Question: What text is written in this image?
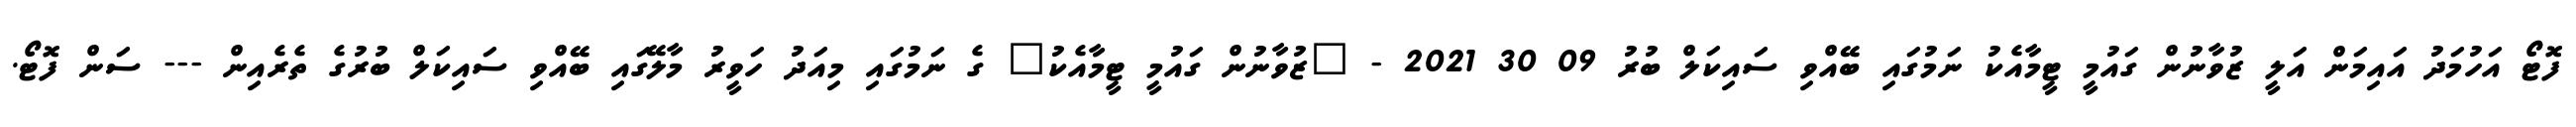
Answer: ފޮޓޯ އަހުމަދު އައިމަން އަލީ ޒުވާނުން ގައުމީ ޓީމާއެކު ނަމުގައި ބޭއްވި ސައިކަލް ބުރު 09 30 2021 - "ޒުވާނުން ގައުމީ ޓީމާއެކު" ގެ ނަމުގައި މިއަދު ހަވީރު މާލޭގައި ބޭއްވި ސައިކަލް ބުރުގެ ތެރެއިން --- ސަން ފޮޓޯ.